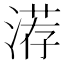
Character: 𰜨